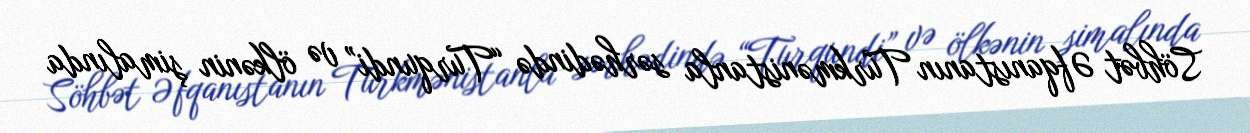
Söhbət Əfqanıstanın Türkmənistanla sərhədində “Turqundi” və ölkənin şimalında